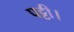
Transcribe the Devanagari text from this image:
पट्टी।